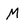
Character: M